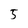
Character: 5